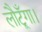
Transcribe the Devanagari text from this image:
लौटूँगा।